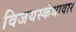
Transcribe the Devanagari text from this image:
विजयस्कंधावार